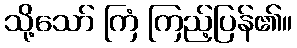
သို့သော် ကြံ ကြည့်ပြန်၏။